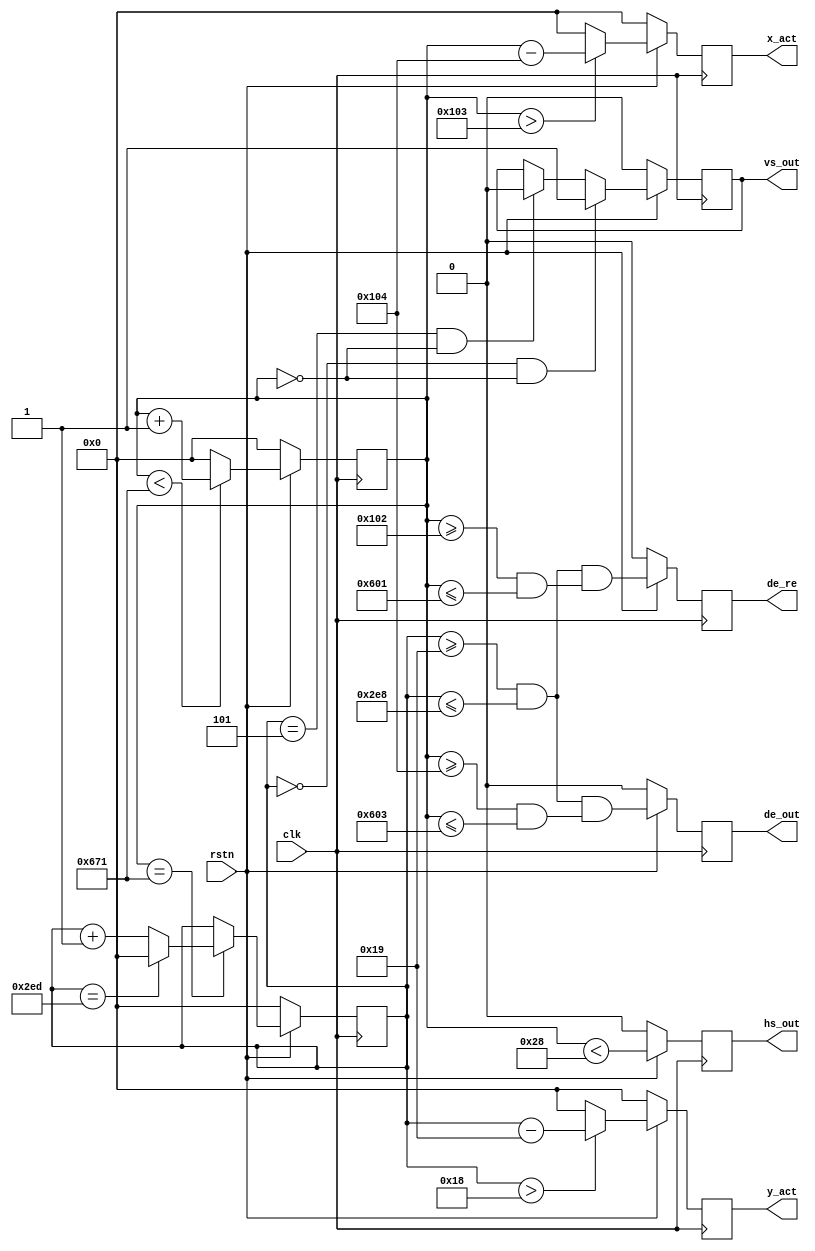
`timescale 1ns / 1ps
//////////////////////////////////////////////////////////////////////////////////
// Company: Myminieye
// 
// Design Name:  
// Module Name:    sync_vg
// QQ Group   :    
// Project Name: 
// Target Devices: 
// Tool Versions: 
// Description: 
// 
// Dependencies: 
//    VS     ______                                       ______
//HS  __    |      |___________________________________|      |
//   |       h_sync  h_bp       h_act                h_fp
//   |__                    _______________________
//DE    |   _______________|                       |_____________
//      |
//      .
//      |
//    __|
//   |  
//   |__ 
//      |
// Revision: v1.0
// Revision 0.01 - File Created
// Additional Comments:
// 
//////////////////////////////////////////////////////////////////////////////////
`define UD #1

module sync_vg # (
    parameter               X_BITS=12,
    parameter               Y_BITS=12,
 
  //MODE_720p 
    parameter V_TOTAL = 12'd750,
    parameter V_FP = 12'd5,
    parameter V_BP = 12'd20,
    parameter V_SYNC = 12'd5,
    parameter V_ACT = 12'd720,
    parameter H_TOTAL = 12'd1650,
    parameter H_FP = 12'd110,
    parameter H_BP = 12'd220,
    parameter H_SYNC = 12'd40,
    parameter H_ACT = 12'd1280,
    parameter HV_OFFSET = 12'd0 

)(
    input                   clk,
    input                   rstn,
    output reg              vs_out,
    output reg              hs_out,
    output reg              de_out,
    output reg              de_re,
    output reg [X_BITS-1:0] x_act,
    output reg [Y_BITS-1:0] y_act
);

    reg [X_BITS-1:0] h_count;
    reg [Y_BITS-1:0] v_count;
    
    /* horizontal counter */
    always @(posedge clk)
    begin
        if (!rstn)
            h_count <= `UD 0;
        else
        begin
            if (h_count < H_TOTAL - 1)
                h_count <= `UD h_count + 1;
            else
                h_count <= `UD 0;
        end
    end
    
    /* vertical counter */
    always @(posedge clk)
    begin
        if (!rstn)
            v_count <= `UD 0;
        else
        if (h_count == H_TOTAL - 1)
        begin
            if (v_count == V_TOTAL - 1)
                v_count <= `UD 0;
            else
                v_count <= `UD v_count + 1;
        end
    end
    
    always @(posedge clk)
    begin
        if (!rstn)
            hs_out <= `UD 4'b0;
        else 
            hs_out <= `UD ((h_count < H_SYNC));
    end
    
    always @(posedge clk)
    begin
        if (!rstn)
            vs_out <= `UD 4'b0;
        else 
        begin
            if ((v_count == 0) && (h_count == HV_OFFSET))
                vs_out <= `UD 1'b1;
            else if ((v_count == V_SYNC) && (h_count == HV_OFFSET))
                vs_out <= `UD 1'b0;
            else
                vs_out <= `UD vs_out;
        end
    end
    
    always @(posedge clk)
    begin
        if (!rstn)
            de_out <= `UD 4'b0;
        else
            de_out <= (((v_count >= V_SYNC + V_BP) && (v_count <= V_TOTAL - V_FP - 1)) && 
                      ((h_count >= H_SYNC + H_BP) && (h_count <= H_TOTAL - H_FP - 1)));
    end

    always @(posedge clk)
    begin
        if (!rstn)
            de_re <= `UD 4'b0;
        else
            de_re <= (((v_count >= V_SYNC + V_BP) && (v_count <= V_TOTAL - V_FP - 1)) && 
                      ((h_count >= H_SYNC + H_BP-2'd2) && (h_count <= H_TOTAL - H_FP - 3)));
    end    
    // active pixels counter output
    always @(posedge clk)
    begin
        if (!rstn)
            x_act <= `UD 'd0;
        else 
        begin
        /* X coords C for a backend pattern generator */
            if(h_count > (H_SYNC + H_BP - 1'b1))
                x_act <= `UD (h_count - (H_SYNC + H_BP));
            else
                x_act <= `UD 'd0;
        end
    end
    
    always @(posedge clk)
    begin
        if (!rstn)
            y_act <= `UD 'd0;
        else 
        begin
            /* Y coords C for a backend pattern generator */
            if(v_count > (V_SYNC + V_BP - 1'b1))
                y_act <= `UD (v_count - (V_SYNC + V_BP));
            else
                y_act <= `UD 'd0;
        end
    end
    
endmodule